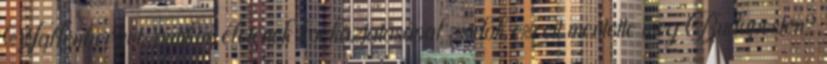
Wallenberget, amikor életének kockáztatásával zsidók ezreit mentette meg Budapesten?